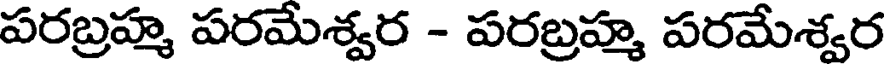
పరబ్రహ్మ పరమేశ్వర - పరబ్రహ్మ పరమేశ్వర